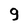
Character: g